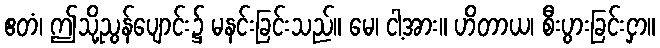
ဧတံ၊ ဤသို့ညွန်ပျောင်း၌ မနင်းခြင်းသည်။ မေ၊ ငါ့အား။ ဟိတာယ၊ စီးပွားခြင်းငှာ။